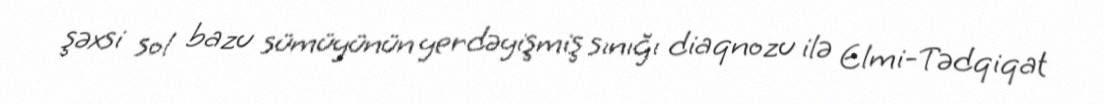
şəxsi sol bazu sümüyünün yerdəyişmiş sınığı diaqnozu ilə Elmi-Tədqiqat